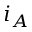
i _ { A }